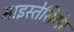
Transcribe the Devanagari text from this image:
माइस्तेसिंगेर